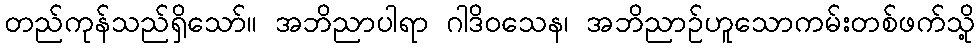
တည်ကုန်သည်ရှိသော်။ အဘိညာပါရာ ဂါဒိဝသေန၊ အဘိညာဉ်ဟူသောကမ်းတစ်ဖက်သို့